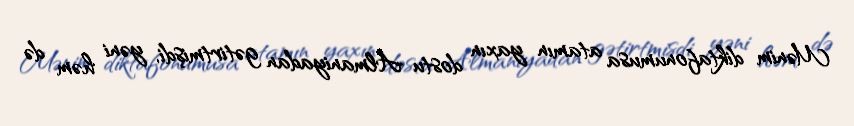
Mənim diktafonumusa atamın yaxın dostu Almaniyadan gətirtmişdi, yəni həm də